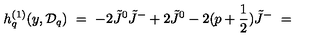
h _ { q } ^ { ( 1 ) } ( y , { \cal D } _ { q } ) \ = \ - 2 \tilde { J } ^ { 0 } \tilde { J } ^ { - } + 2 \tilde { J } ^ { 0 } - 2 ( p + \frac { 1 } { 2 } ) \tilde { J } ^ { - } \ =